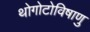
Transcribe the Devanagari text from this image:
थोगोटोविषाणु